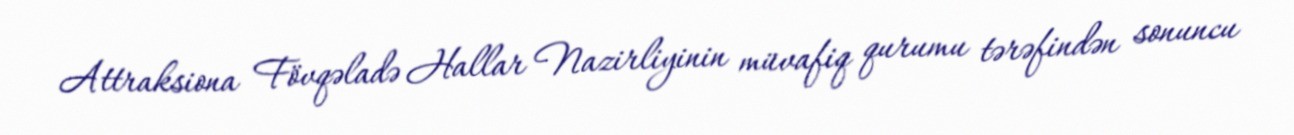
Attraksiona Fövqəladə Hallar Nazirliyinin müvafiq qurumu tərəfindən sonuncu